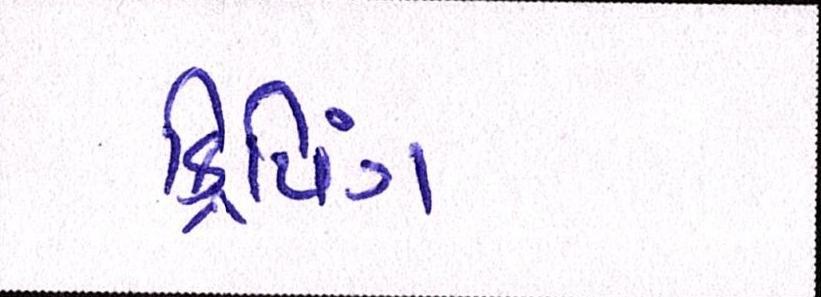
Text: ક્રિપિંગ